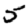
Digit: 5